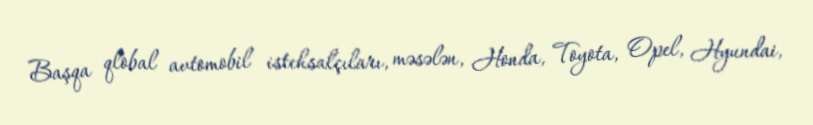
Başqa qlobal avtomobil istehsalçıları, məsələn, Honda, Toyota, Opel, Hyundai,